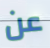
عن